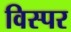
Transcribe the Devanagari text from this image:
विस्पर